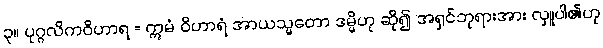
၃။ ပုဂ္ဂလိကဝိဟာရ = ဣမံ ဝိဟာရံ အာယသ္မတော ဒမ္မိဟု ဆို၍ အရှင်ဘုရားအား လှူပါ၏ဟု